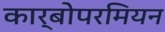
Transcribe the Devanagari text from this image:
कार्बोपरमियन